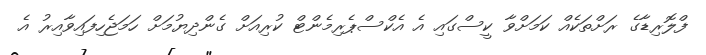
ފްލޮރިޑާގެ ރަށްތަކެއް ކަމަށްވާ ކީސްގައި އެ އެކްސްޕެރިމެންޓް ކުރިއަށް ގެންދިޔުމަށް ހަމަޖެހިފައިވާއިރު އެ